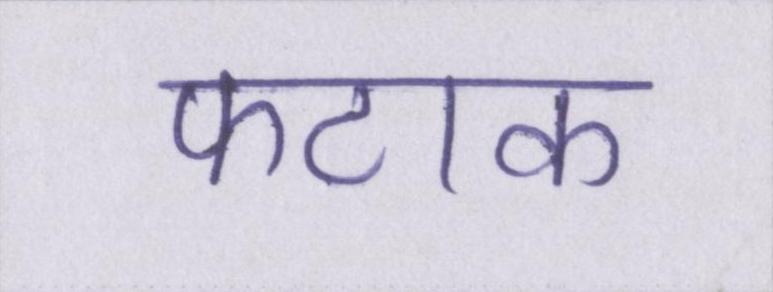
फटाक